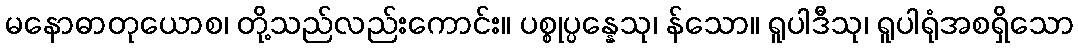
မနောဓာတုယောစ၊ တို့သည်လည်းကောင်း။ ပစ္စုပ္ပန္နေသု၊ န်သော။ ရူပါဒီသု၊ ရူပါရုံအစရှိသော